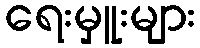
ရေးမှူးများ